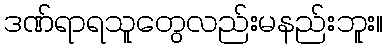
ဒဏ်ရာရသူတွေလည်းမနည်းဘူး။